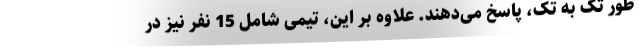
طور تک به تک،‌ پاسخ می‌دهند. علاوه بر این، تیمی شامل 15 نفر نیز در